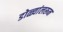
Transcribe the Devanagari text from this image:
डोळ्यांलरून